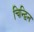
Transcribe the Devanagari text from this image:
चिन्द्विन